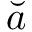
\breve { a }